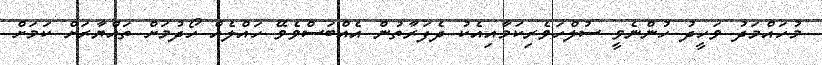
މުހައްމަދު ވަހީދު ހުންނެވީ ސުލްހަވެރިކަމާއިއެކު ދެފަރާތުން އެއްބަސްވެވޭ ހައްލެއް ހޯދުމަށް ތައްޔާރަށް ކަމަށް